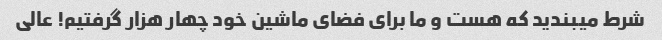
شرط میبندید که هست و ما برای فضای ماشین خود چهار هزار گرفتیم! عالی